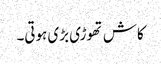
کاش تھوڑی بڑی ہوتی۔